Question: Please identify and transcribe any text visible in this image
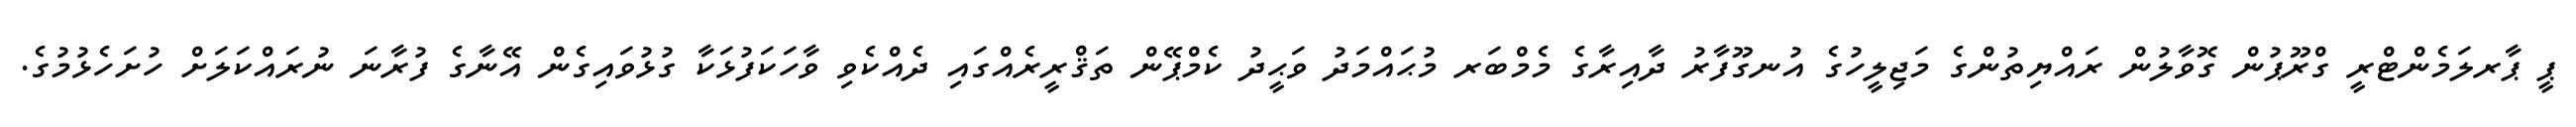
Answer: ޕީ ޕާރލަމެންޓްރީ ގްރޫޕުން ގޮވާލުން ރައްޔިތުންގެ މަޖިލީހުގެ އުނގޫފާރު ދާއިރާގެ މެމްބަރ މުޙައްމަދު ވަޙީދު ކެމްޕޭން ތަޤްރީރެއްގައި ދެއްކެވި ވާހަކަފުޅަކާ ގުޅުވައިގެން އޭނާގެ ފުރާނަ ނުރައްކަލަށް ހުށަހެޅުމުގެ.